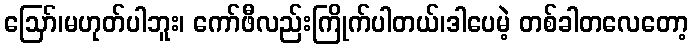
ဪ၊မဟုတ်ပါဘူး၊ ကော်ဖီလည်းကြိုက်ပါတယ်၊ဒါပေမဲ့ တစ်ခါတလေတော့